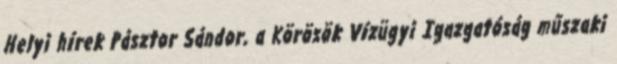
Helyi hírek Pásztor Sándor, a Körösök Vízügyi Igazgatóság műszaki